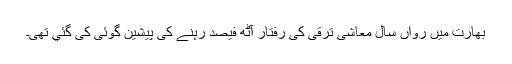
بھارت میں رواں سال معاشی ترقی کی رفتار آٹھ فیصد رہنے کی پیشین گوئی کی گئي تھی۔